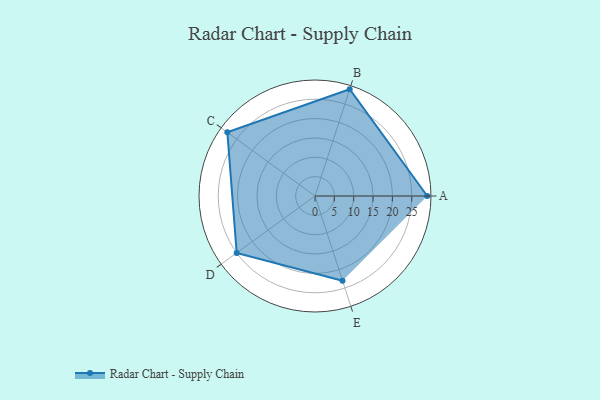
{"axis": {"x": "Skill", "y": "Score"}, "legend": ["Profile"], "data": [{"x": "A", "y": 29.0, "type": "Profile"}, {"x": "B", "y": 29.0, "type": "Profile"}, {"x": "C", "y": 28.0, "type": "Profile"}, {"x": "D", "y": 25.0, "type": "Profile"}, {"x": "E", "y": 23.0, "type": "Profile"}]}